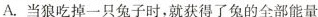
A.当狼吃掉一只兔子时，就获得了兔的全部能量